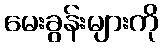
မေးခွန်းများကို